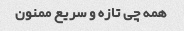
همه چی تازه و سریع ممنون